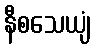
နီစသေယျံ